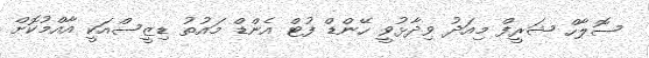
ސޮލާހް ޝަރީފް މިއަދު ވިދާޅުވީ ހޭންޑް ފުޓް އެންޑް މައުތު ޑިޒީސްއަކީ އާއްމުކޮށް